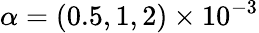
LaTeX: \alpha=(0.5,1,2)\times 10^{-3}